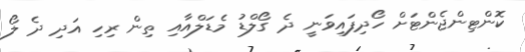
ކޮންޓިންޖެންޓަށް ހޯދިފައިވަނީ ދެ ގޯލްޑު މެޑަލްއާއި ތިން ރިހި އަދި ދެ ލޯ